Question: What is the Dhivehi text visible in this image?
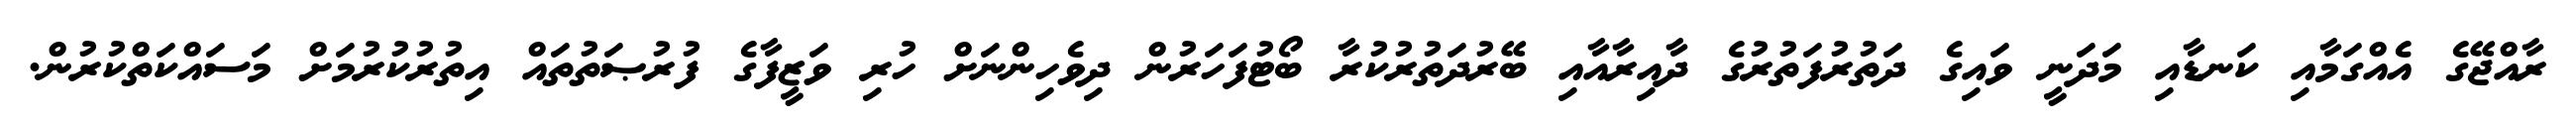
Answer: ރާއްޖޭގެ އެއްގަމާއި ކަނޑާއި މަދަނީ ވައިގެ ދަތުރުފަތުރުގެ ދާއިރާއާއި ބޭރުދަތުރުކުރާ ބޯޓުފަހަރުން ދިވެހިންނަށް ހުރި ވަޒީފާގެ ފުރުޞަތުތައް އިތުރުކުރުމަށް މަސައްކަތްކުރުން.